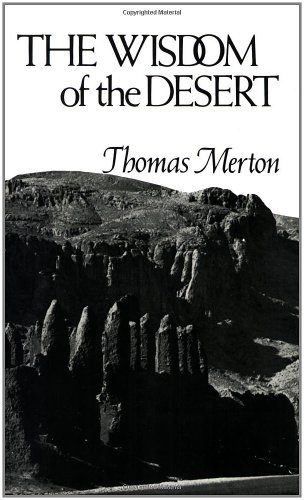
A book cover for The Wisdom of the Desert (New Directions); Thomas Merton; Christian Books & Bibles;